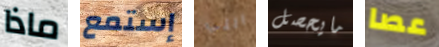
ماذا إستمع التي مايحصل عصا